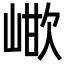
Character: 𭖳